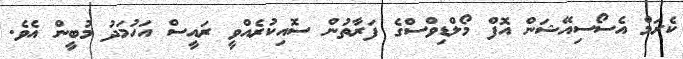
ކެރަމް އެސޯސިއޭޝަން އޮފް މޯލްޑިވްސްގެ ފަރާތުން ސޮއިކުރެއްވީ ރައީސް އަހުމަދު މުބީން އެވެ.